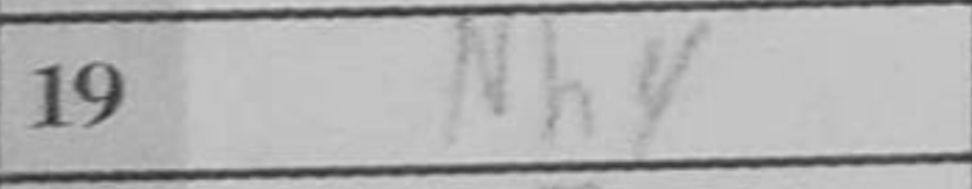
Transcription: Nh4